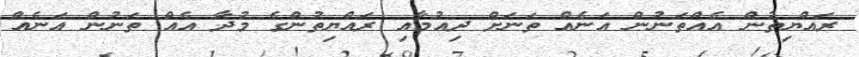
ރައްޔިތުން އެއްތަނުން އަނެއް ތަނަށް ދިއުމާއި ރައްޔިތުންގެ މުދާ އެއް ތަނުން އަނެއް